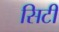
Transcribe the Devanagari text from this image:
सिटी